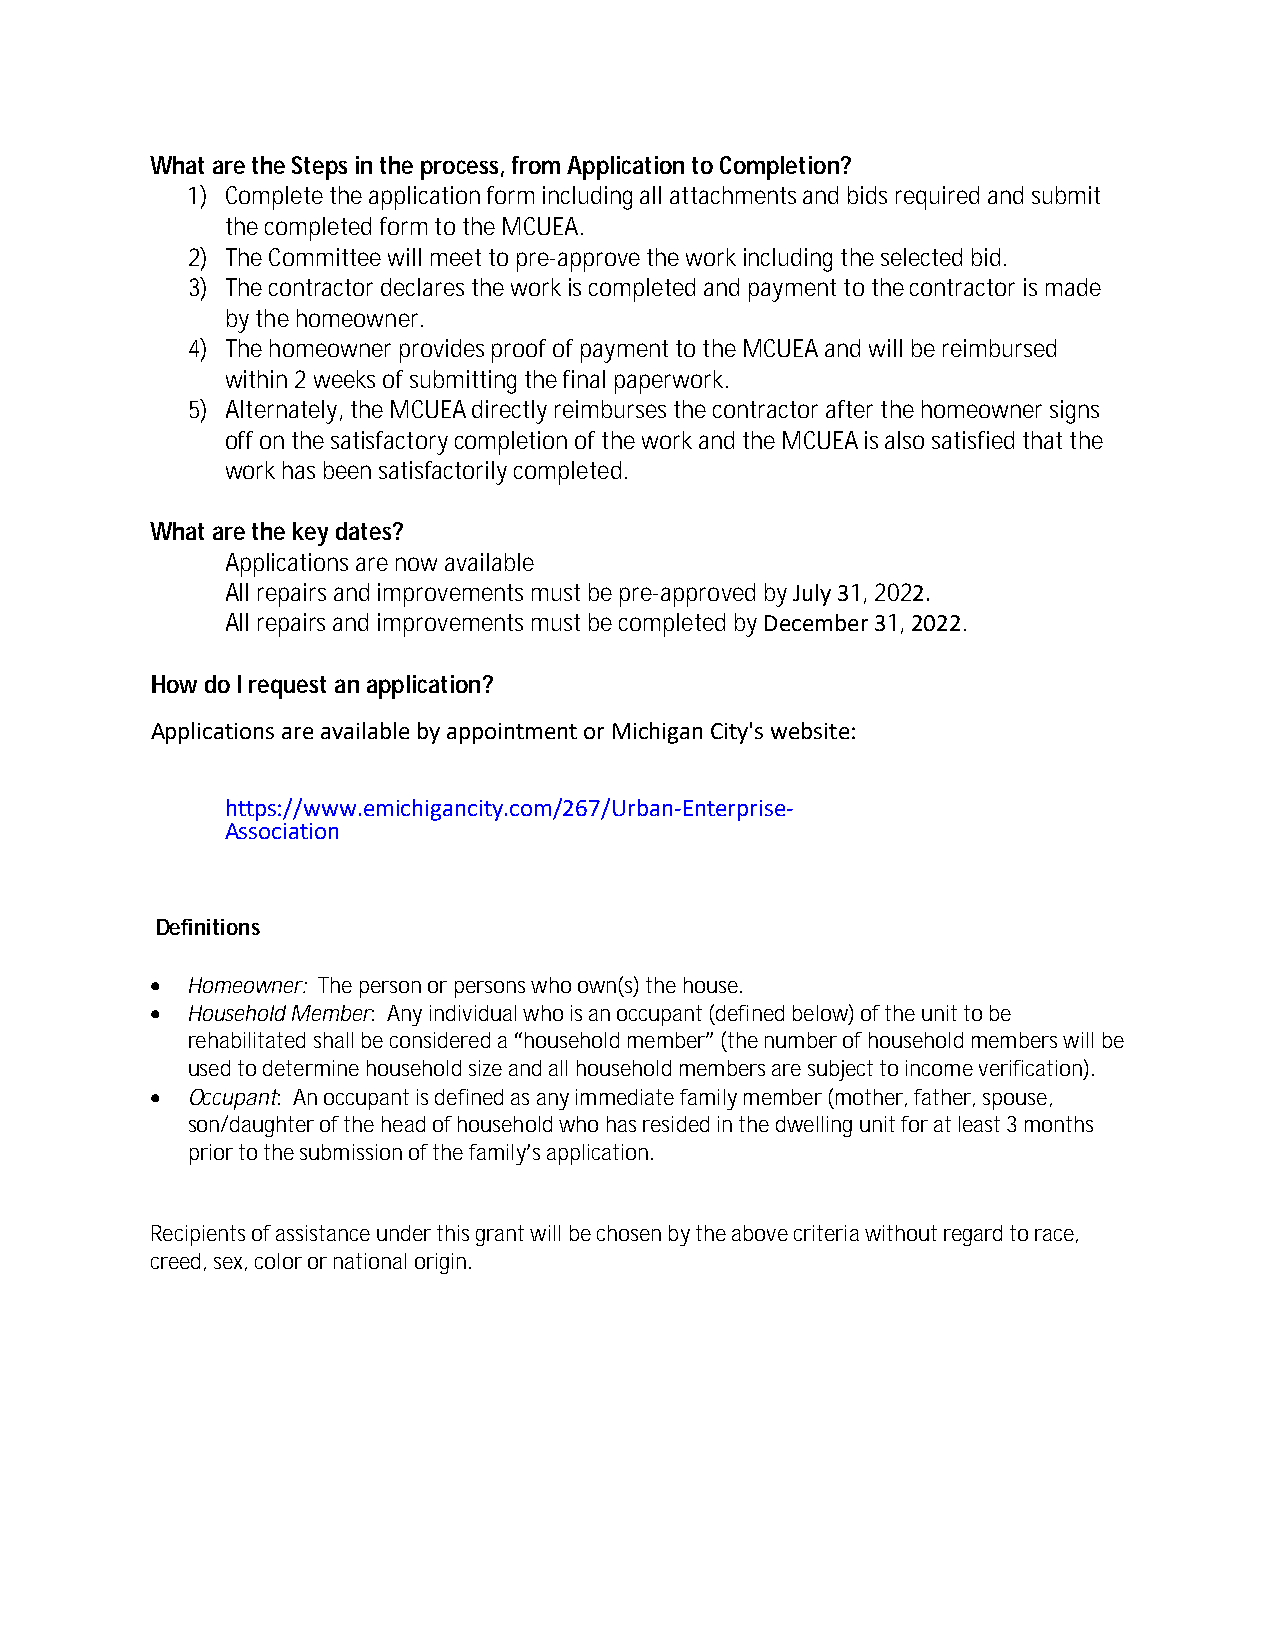
What are the Steps in the process, from Application to Completion?
 1) Complete the application form including all attachments and bids required and submit
 the completed form to the MCUEA.
 2) The Committee will meet to pre-approve the work including the selected bid.
 3) The contractor declares the work is completed and payment to the contractor is made
 by the homeowner.
 4) The homeowner provides proof of payment to the MCUEA and will be reimbursed
 within 2 weeks of submitting the final paperwork.
 5) Alternately, the MCUEA directly reimburses the contractor after the homeowner signs
 off on the satisfactory completion of the work and the MCUEA is also satisfied that the
 work has been satisfactorily completed.
 What are the key dates?
 Applications are now available
 All repairs and improvements must be pre-approved by July 31, 2022.
 All repairs and improvements must be completed by December 31, 2022.
 How do I request an application?
 Applications are available by appointment or Michigan City's website:
 https://www.emichigancity.com/267/Urban-Enterprise-
 Association
 Definitions
  Homeowner: The person or persons who own(s) the house.
  Household Member: Any individual who is an occupant (defined below) of the unit to be
 rehabilitated shall be considered a “household member” (the number of household members will be
 used to determine household size and all household members are subject to income verification).
  Occupant: An occupant is defined as any immediate family member (mother, father, spouse,
 son/daughter of the head of household who has resided in the dwelling unit for at least 3 months
 prior to the submission of the family’s application.
 Recipients of assistance under this grant will be chosen by the above criteria without regard to race,
 creed, sex, color or national origin.